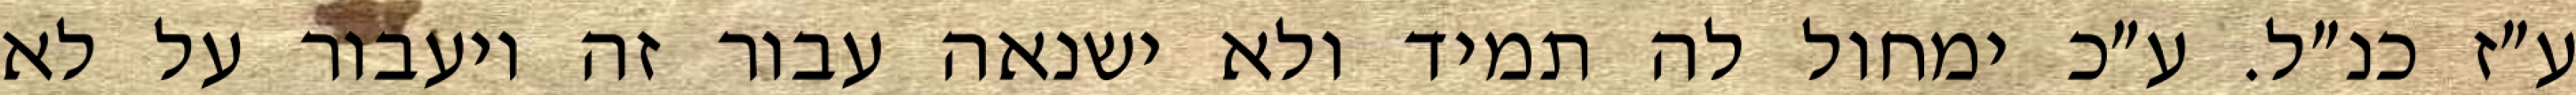
ע״ז כנ״ל. ע״כ ימחול לה תמיד ולא ישנאה עבור זה ויעבור על לא